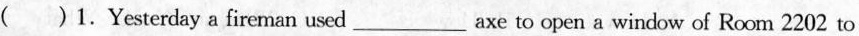
( ) 1.Yesterday a fireman used_axe to open a window of Room 2202 to